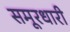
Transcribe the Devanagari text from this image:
समूरधारी